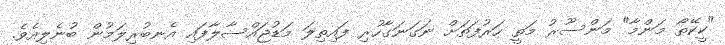
"ކީކޭތޯ މަންމާ" މަންސޫރު މަތީ ހަރުފަތަށް ނަގަނަގާހުރި ފައިތިލަ މަޑުޖައްސާލާފައި އެނބުރިލަމުން ބުނެލިއެވެ.